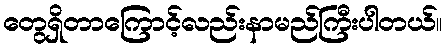
တွေရှိတာကြောင့်လည်းနာမည်ကြီးပါတယ်။